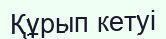
Құрып кетуі